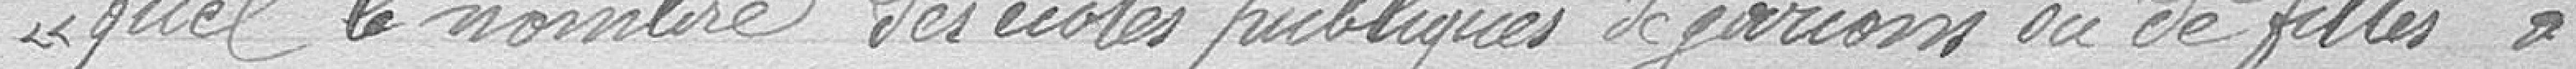
"quel le nombre des écoles publiques de garçons ou de filles à